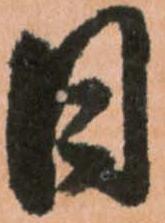
日